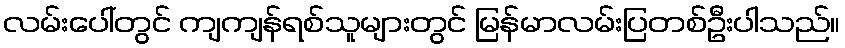
လမ်းပေါ်တွင် ကျကျန်ရစ်သူများတွင် မြန်မာလမ်းပြတစ်ဦးပါသည်။